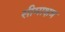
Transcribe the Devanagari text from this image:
सीमाक्षत्र